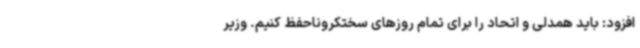
افزود: باید همدلی و اتحاد را برای تمام روزهای سختکروناحفظ کنیم. وزیر